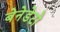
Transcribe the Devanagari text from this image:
बेनेडेटो